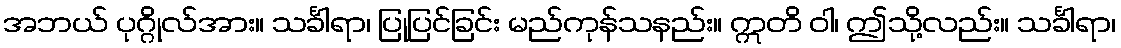
အဘယ် ပုဂ္ဂိုလ်အား။ သင်္ခါရာ၊ ပြုပြင်ခြင်း မည်ကုန်သနည်း။ ဣတိ ဝါ၊ ဤသို့လည်း။ သင်္ခါရာ၊